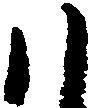
ハ